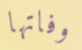
وفاتها